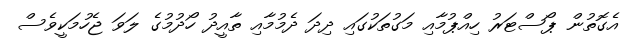
އެގޮތުން ޕޯސްޓަރު ހިއްޕުމާއި މަގުތަކުގައި ދިދަ ދެމުމާއި ތާއީދު ހޯދުމުގެ ލަވަ ޖެހުމަކީވެސް